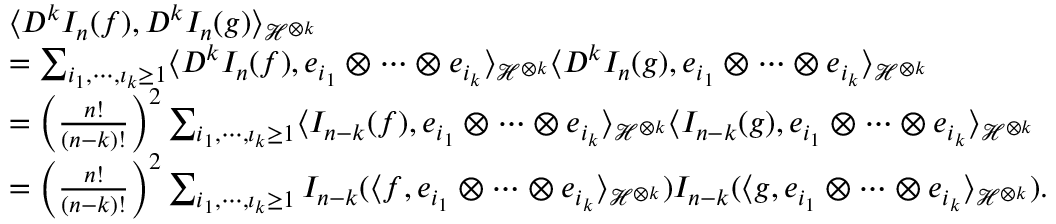
\begin{array} { r l } & { \langle D ^ { k } I _ { n } ( f ) , D ^ { k } I _ { n } ( g ) \rangle _ { \mathcal { H } ^ { \otimes k } } } \\ & { = \sum _ { i _ { 1 } , \cdots , \i _ { k } \geq 1 } \langle D ^ { k } I _ { n } ( f ) , e _ { i _ { 1 } } \otimes \cdots \otimes e _ { i _ { k } } \rangle _ { \mathcal { H } ^ { \otimes k } } \langle D ^ { k } I _ { n } ( g ) , e _ { i _ { 1 } } \otimes \cdots \otimes e _ { i _ { k } } \rangle _ { \mathcal { H } ^ { \otimes k } } } \\ & { = \left( \frac { n ! } { ( n - k ) ! } \right) ^ { 2 } \sum _ { i _ { 1 } , \cdots , \i _ { k } \geq 1 } \langle I _ { n - k } ( f ) , e _ { i _ { 1 } } \otimes \cdots \otimes e _ { i _ { k } } \rangle _ { \mathcal { H } ^ { \otimes k } } \langle I _ { n - k } ( g ) , e _ { i _ { 1 } } \otimes \cdots \otimes e _ { i _ { k } } \rangle _ { \mathcal { H } ^ { \otimes k } } } \\ & { = \left( \frac { n ! } { ( n - k ) ! } \right) ^ { 2 } \sum _ { i _ { 1 } , \cdots , \i _ { k } \geq 1 } I _ { n - k } ( \langle f , e _ { i _ { 1 } } \otimes \cdots \otimes e _ { i _ { k } } \rangle _ { \mathcal { H } ^ { \otimes k } } ) I _ { n - k } ( \langle g , e _ { i _ { 1 } } \otimes \cdots \otimes e _ { i _ { k } } \rangle _ { \mathcal { H } ^ { \otimes k } } ) . } \end{array}